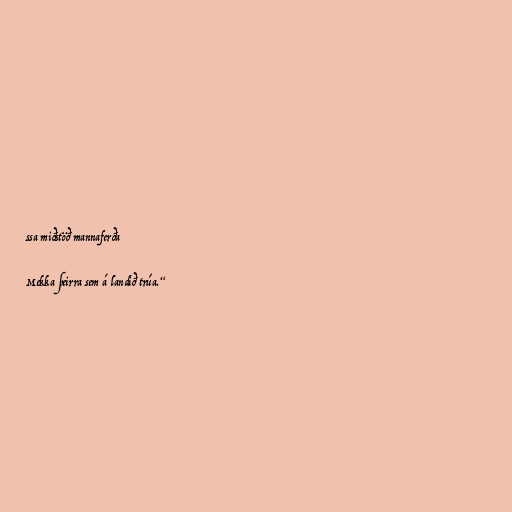
ssa miðstöð mannaferða

Mekka þeirra sem á landið trúa.“